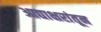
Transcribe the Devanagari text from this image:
आद्याक्षरांतून